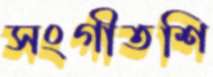
সংগীতশি